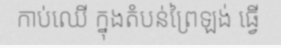
កាប់ឈើ ក្នុងតំបន់ព្រៃឡង់ ធ្វើ